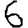
Digit: 6